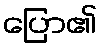
ပြော၏